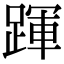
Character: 𨂱